Vaccination in Burma 1900-1911 - 1900-1911
Year: 1900
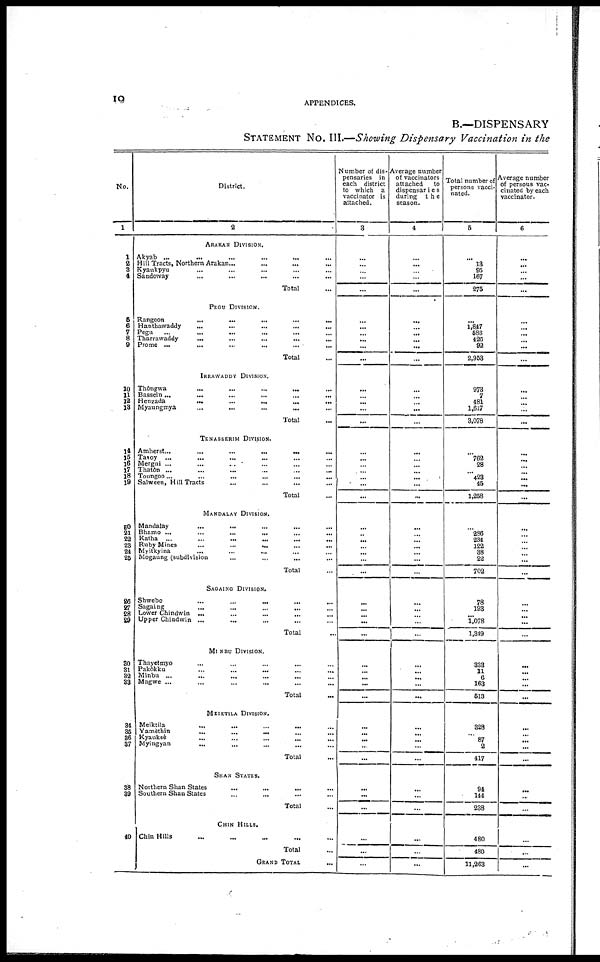
19
APPENDICES.
B.—DISPENSARY
STATEMENT No. III.—Showing Dispensary Vaccination in the
No.
1
1
2
3 4
5
6
7
8
9
10
11
12
13
14
15
16
17
18
19
20
21
22
23
24
25
26
27
28
29
30 31 32 33
34
35
36
37
38
39
40
District.
2
ARAKAN DIVISION.
Akyab
...
...
...
...
...
...
Hill Tracts, Northern Arakan... ... ... ... ...
Kyaukpyu... ... ... ...
Sandoway... ... ... ... ...
Total... ... ...
PEGU DIVISION.
Rangoon
...
...
...
...
...
Hanthawaddy... ... ... ... ...
Pegu ... ... ... ... ...
Tharrawaddy
...
...
...
...
...
Prome
...
...
...
...
...
Total...
IRRAWADDY DIVISION.
Thongwa
...
...
...
...
...
Bassein...
...
...
...
...
...
Henzada...
...
...
...
...
Myaungmya ... ... ... ... ...
Total...
TENASSERIM DIVISION.
Amherst...
...
...
...
...
Tavoy ... ... ... ... .....
Mergul ...
...
...
...
...
Thaton ... ... ... ... ...
Toungoo...
...
...
...
...
Salween, Hill Tracts ... ... ... ... ...
Total...
MANDALAY DIVISION.
Mandalay... ... ... ... ...
Bhamo ...
...
...
...
...
Katha... ... ... ... ...
Ruby Mines
...
...
...
...
...
Myitkyina ... ... ... ... ...
Mogaung (subdivision
...
...
...
...
...
Total...
SAGAING DIVISION.
Shwebo
...
...
...
...
...
Sagaing... ... ... ... ...
Lower Chindwin ... ... ... ... ...
Upper Chindwin ... ... ... ... ...
Total...
MINBU DIVISION.
Thayetmyo... ... ... ... ...
Pakôkku... ... ... ...
Minbu ... ... ... ... ...
Magwe ... ... ... ... ...
Total...
MEIKTILA DIVISION.
Meiktila... ... ... ... ...
Yamèthin... ... ... ... ...
Kyaukse
...
...
...
...
...
Myingyan... ... ... ... ...
Total...
SHAN STATES.
Northern Shan States...
Southern Shan States...
Total...
CHIN HILLS.
Chin Hills... ...
Total...
GRAND TOTAL...
Number of dis-
pensaries in
each district
to which a
vaccinator is
attached.
3
...
...
...
...
...
...
...
...
...
...
...
...
...
...
...
...
...
...
...
...
...
...
...
...
...
...
...
...
...
...
...
...
...
...
...
......
...
...
...
...
...
...
...
...
...
...
...
...
...
...
...
Average number
of vaccinators
attached
to
dispensaries
during the
season.
4
...
...
...
...
...
...
...
...
...
...
...
...
...
...
...
...
...
...
...
...
...
...
...
...
...
...
...
...
...
...
...
...
...
...
...
...
...
...
...
...
...
...
...
...
...
...
...
...
...
...
...
Total number of
persons vacci-
nated.
5
...
13
95
167
275
...
1,847
688
426
92
2,953
973
7
481
1,617
3,078
...
762
28
... 423
45
1,258
...
286
234
122
38
22
702
78
198
...
1,078
1,349
338
11
6
163
513
328
...
87
2
417
94
144
238
480
480
11,263
Average number
of persons vac-
cinated by each
vaccinator.
6
...
...
...
...
...
...
...
...
...
...
...
...
...
... ...
...
...
...
...
...
...
...
...
...
...
...
...
...
...
...
...
...
...
...
...
...
...
...
...
...
...
...
...
...
...
...
...
...
...
...
...